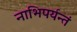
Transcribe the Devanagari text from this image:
नाभिपर्यन्तं